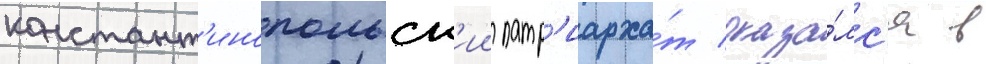
констант'инопольск'ии патр'иарха́т оказа́лс'я в